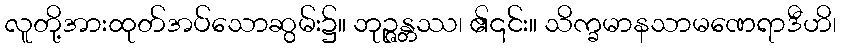
လူတို့အားထုတ်အပ်သောဆွမ်း၌။ ဘုဉ္ဇန္တဿ၊ ၏၎င်း။ သိက္ခမာနသာမဏေရာဒီဟိ၊